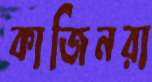
কাজিনরা